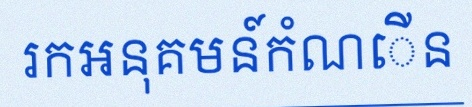
រកអនុគមន៍កំណើន